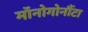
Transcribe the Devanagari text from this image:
मॉनोगोनौंटा